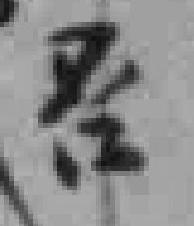
否